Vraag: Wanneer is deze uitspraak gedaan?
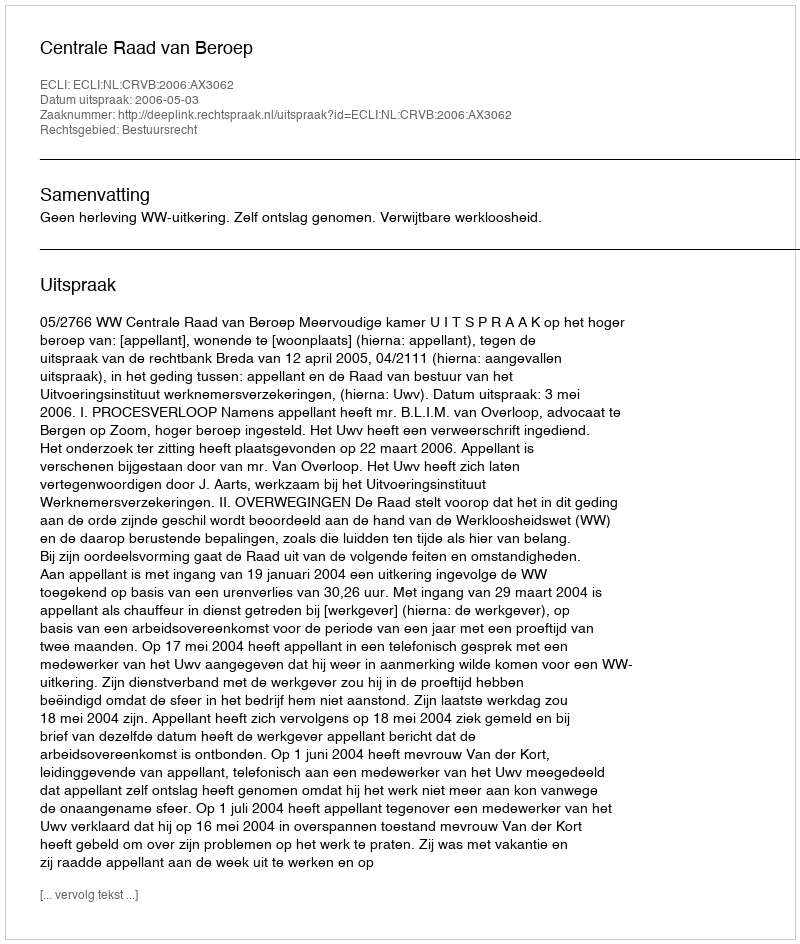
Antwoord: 2006-05-03